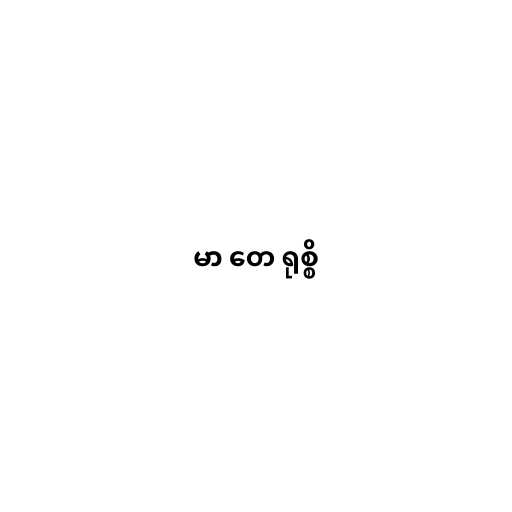
မာ တေ ရုစ္စိ